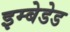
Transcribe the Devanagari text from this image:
इम्बेडेड